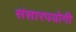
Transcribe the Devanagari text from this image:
संसारपयोगी